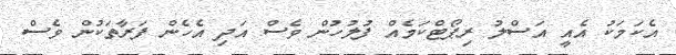
އެކަމަކު އެއީ އަސްލު ރިޕޯޓްކަމެއް ފުލުހުން ވެސް އަދި އެހެން ފަރާތަކުން ވެސް